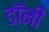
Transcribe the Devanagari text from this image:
डाॅनी